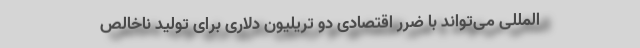
‌المللی می‌تواند با ضرر اقتصادی دو تریلیون دلاری برای تولید ناخالص